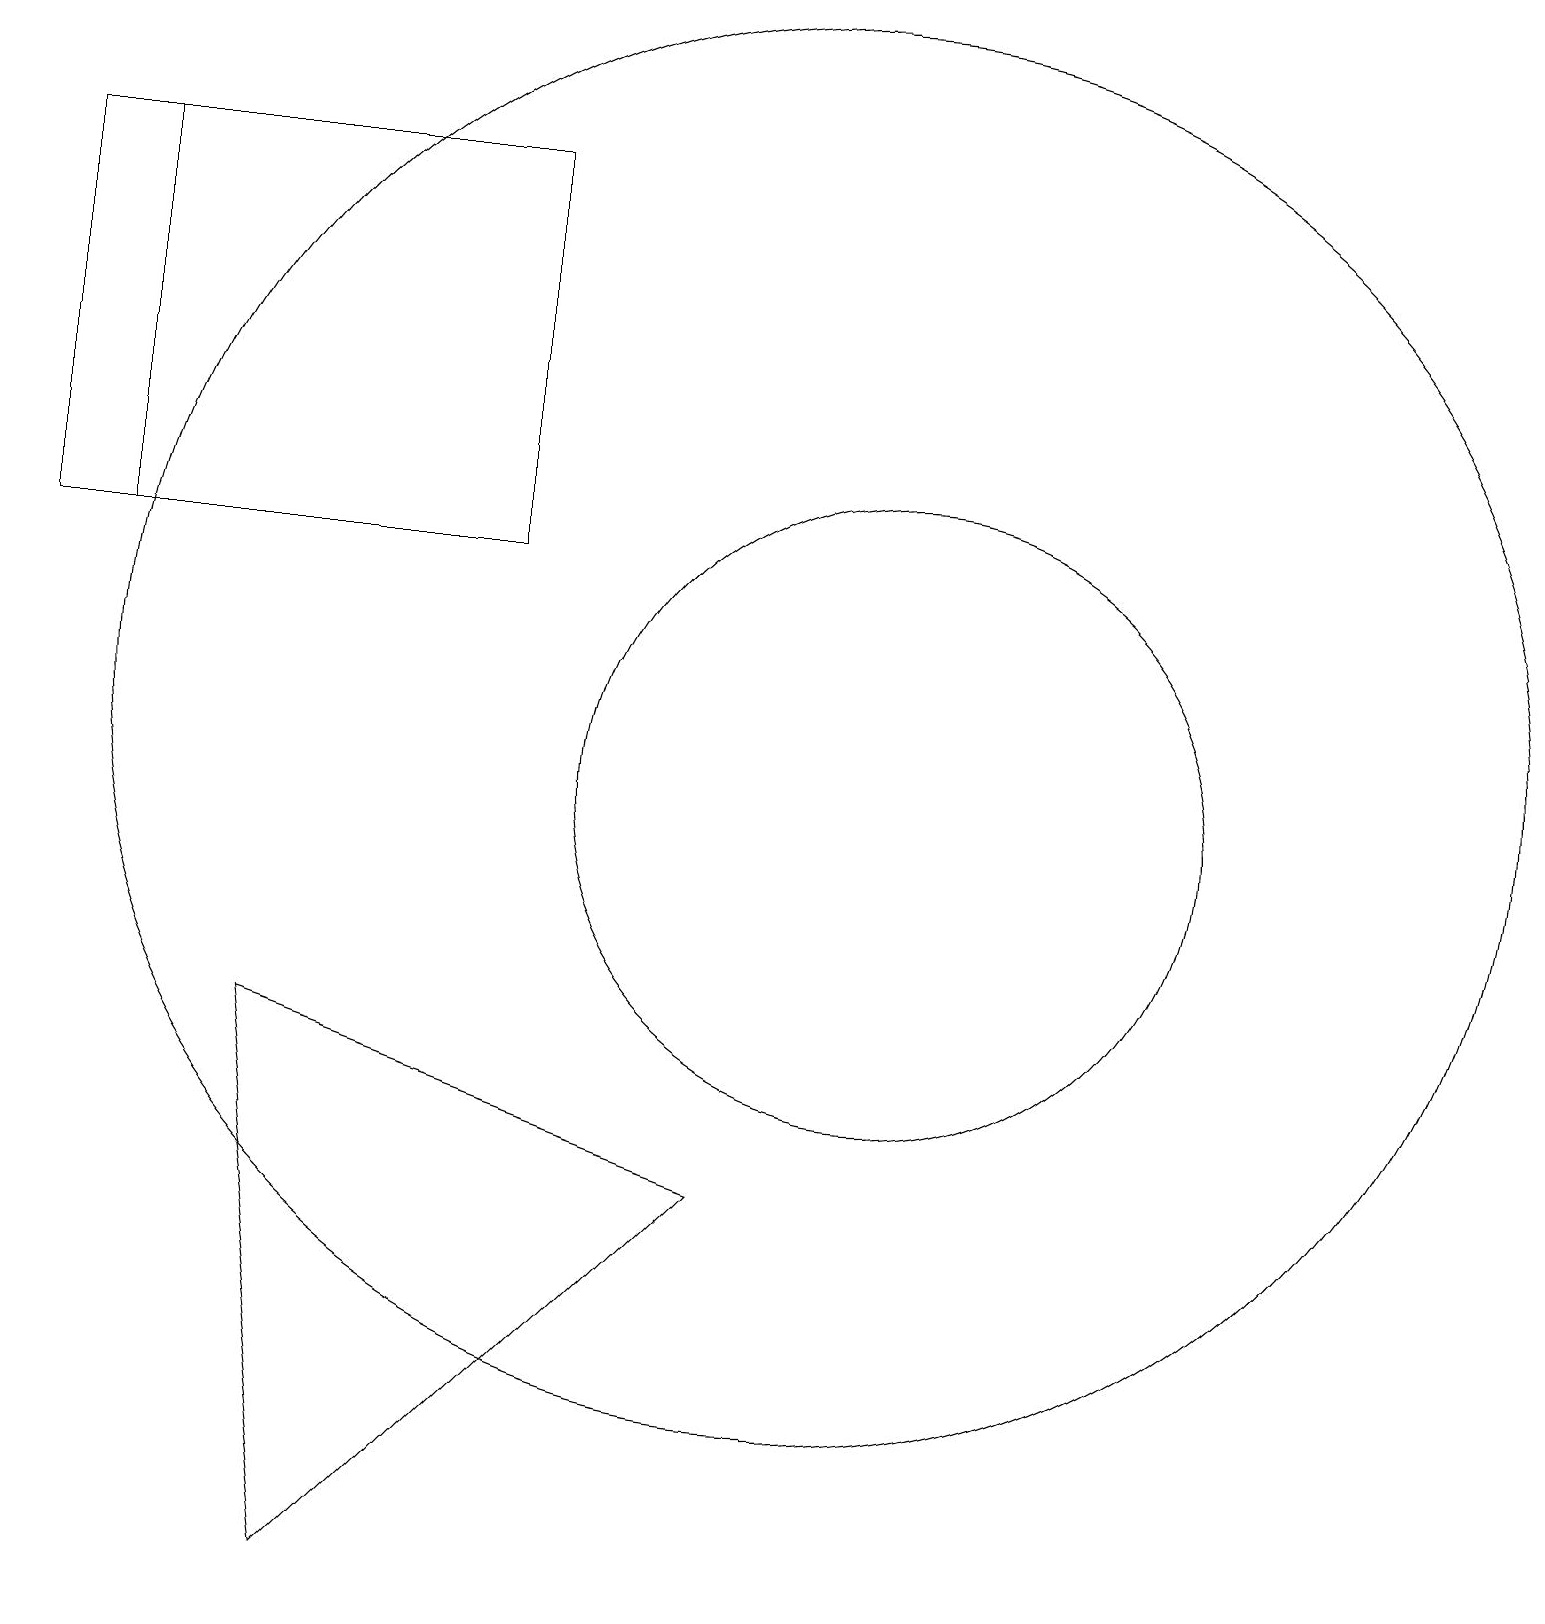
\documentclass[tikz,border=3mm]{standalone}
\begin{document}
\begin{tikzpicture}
\draw (4,0) -- (9,5) -- (3,7) -- cycle;
\draw (0,13) rectangle (1,18);
\draw (10,11) circle (9);
\draw (0,18) rectangle (6,13);
\draw (11,10) circle (4);
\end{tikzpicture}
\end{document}